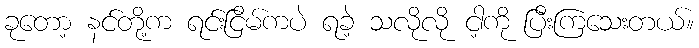
ခုတော့ နင်တို့က ရင်းငြိမ်ကပဲ ရခဲ့ သလိုလို ငါ့ကို ပြီးကြသေးတယ်။